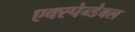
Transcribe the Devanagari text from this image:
एक्स्पेन्डेबल